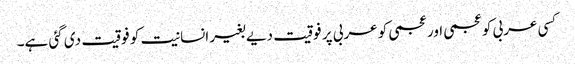
کسی عربی کو عجمی اور عجمی کو عربی پر فوقیت دیے بغیر انسانیت کو فوقیت دی گئی ہے۔